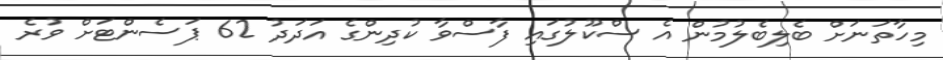
މިހާތަނަށް ބެލިބެލުމުން އެ ސްކޫލުގައި ފާސްވާ ކުދިންގެ އަދަދު 62 ޕަސެންޓަށް ވުރެ